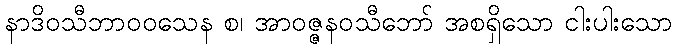
နာဒိဝသီဘာဝဝသေန စ၊ အာဝဇ္ဇနဝသီဘော် အစရှိသော ငါးပါးသော